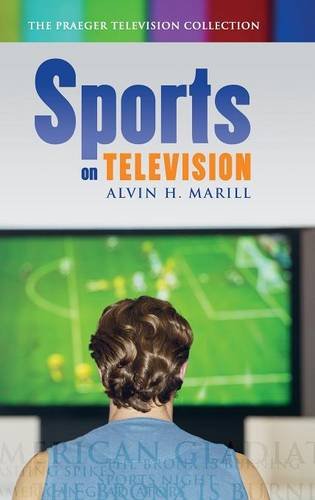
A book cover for Sports on Television (Praeger Television Collection); Alvin H. Marill; Sports & Outdoors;